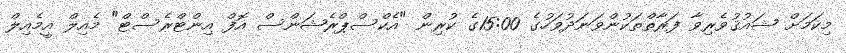
މިކަމަށް ޝައުޤުވެރިވާ ފަރާތްތަކުންވަނަދުވަހުގެ 15:00ގެ ކުރިން "އެކްސްޕްރެޝަންސް އޮފް އިންޓްރެސްޓް" މެއިލް އީމެއިލް